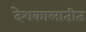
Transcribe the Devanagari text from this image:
देशकालातीत